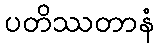
ပတိဿတာနံ